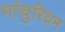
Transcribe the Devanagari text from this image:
मांचुरियन